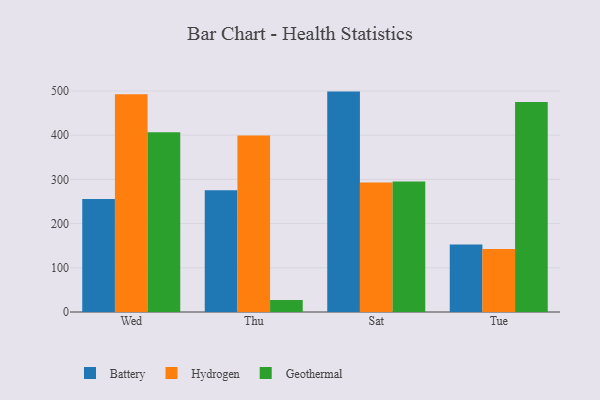
{"axis": {"x": "Day", "y": "Gross Profit (USD K)"}, "legend": ["Battery", "Geothermal", "Hydrogen"], "data": [{"x": "Wed", "y": 255.6, "type": "Battery"}, {"x": "Wed", "y": 492.7, "type": "Hydrogen"}, {"x": "Wed", "y": 406.6, "type": "Geothermal"}, {"x": "Thu", "y": 275.5, "type": "Battery"}, {"x": "Thu", "y": 399.1, "type": "Hydrogen"}, {"x": "Thu", "y": 27.3, "type": "Geothermal"}, {"x": "Sat", "y": 498.5, "type": "Battery"}, {"x": "Sat", "y": 293.1, "type": "Hydrogen"}, {"x": "Sat", "y": 295.4, "type": "Geothermal"}, {"x": "Tue", "y": 152.9, "type": "Battery"}, {"x": "Tue", "y": 142.3, "type": "Hydrogen"}, {"x": "Tue", "y": 474.7, "type": "Geothermal"}]}